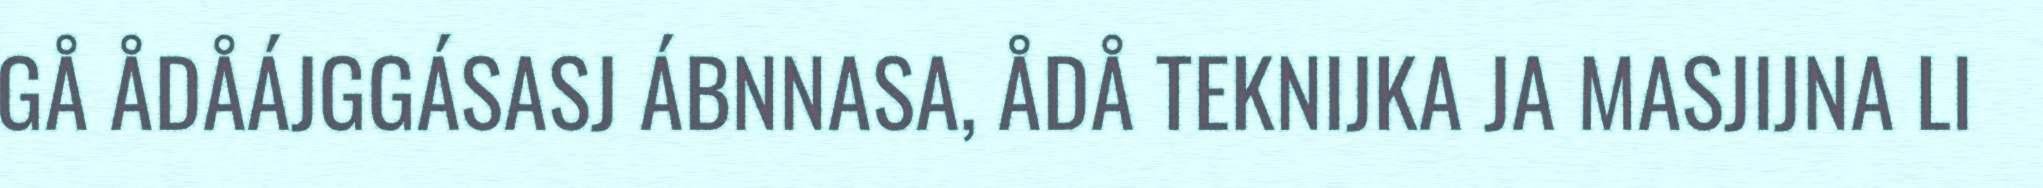
GÅ ÅDÅÁJGGÁSASJ ÁBNNASA, ÅDÅ TEKNIJKA JA MASJIJNA LI